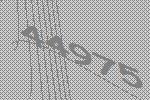
44975